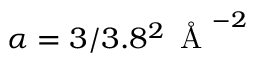
\alpha = 3 / 3 . 8 ^ { 2 } \, \mathrm { ~ \AA ~ } ^ { - 2 }